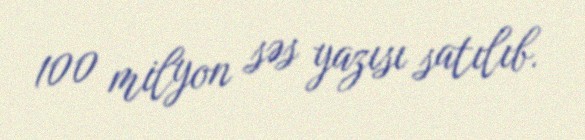
100 milyon səs yazısı satılıb.